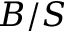
B / S